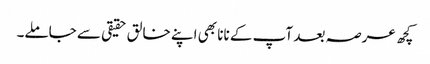
کچھ عرصہ بعد آپ کے نانا بھی اپنے خالق حقیقی سے جاملے۔